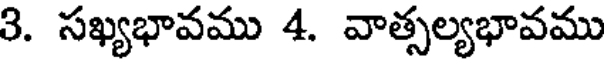
3. సఖ్యభావము 4. వాత్సల్యభావము